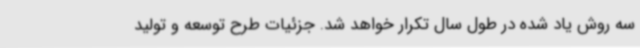
سه روش یاد شده در طول سال تکرار خواهد شد. جزئیات طرح توسعه و تولید